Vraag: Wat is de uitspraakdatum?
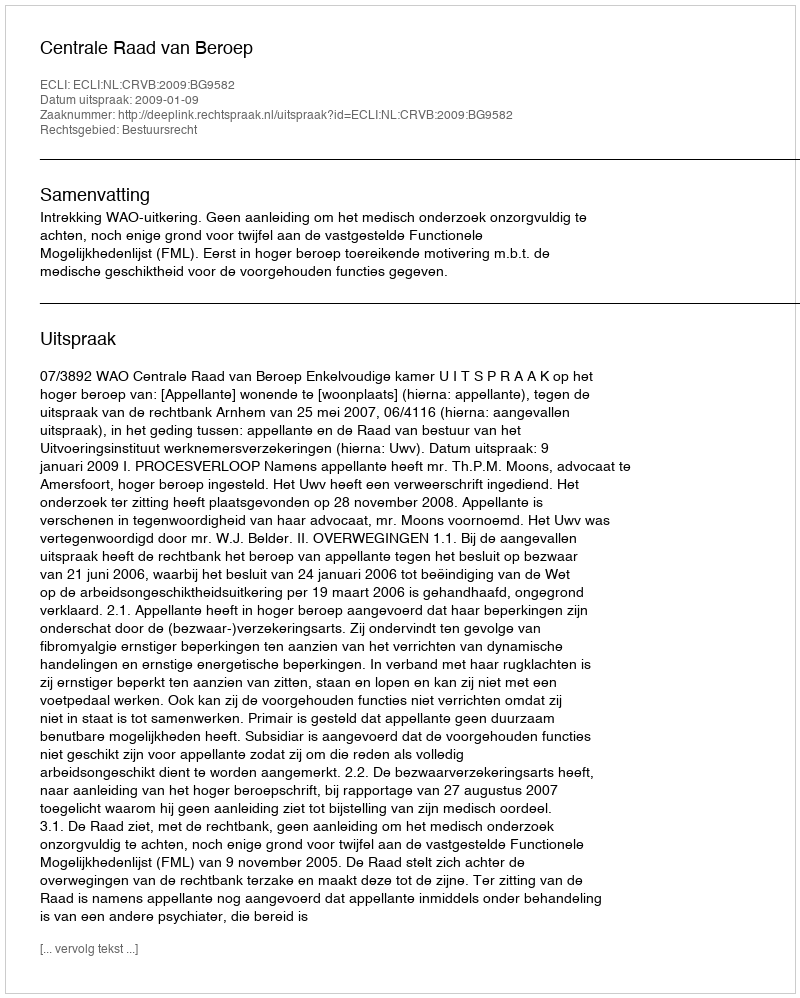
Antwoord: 2009-01-09